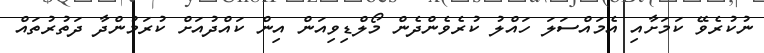
ނުކުރެވޭ ކަމަށާއި އެމައްސަލަ ހައްލު ކުރެވެންދެން މޯލްޑިވިއަން އިން ކައްދުއަށް ކުރަމުންދާ ދަތުރުތައް